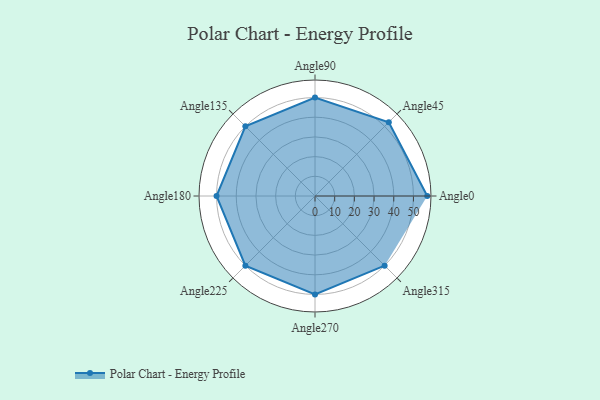
{"axis": {"x": "Angle", "y": "Radius"}, "legend": [""], "data": [{"x": "Angle0", "y": 57.0, "type": ""}, {"x": "Angle45", "y": 53.0, "type": ""}, {"x": "Angle90", "y": 50, "type": ""}, {"x": "Angle135", "y": 50, "type": ""}, {"x": "Angle180", "y": 50, "type": ""}, {"x": "Angle225", "y": 50, "type": ""}, {"x": "Angle270", "y": 50, "type": ""}, {"x": "Angle315", "y": 50, "type": ""}]}